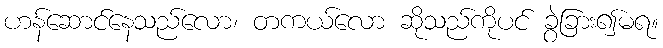
ဟန်ဆောင်နေသည်လော၊ တကယ်လော ဆိုသည်ကိုပင် ခွဲခြား၍မရ။